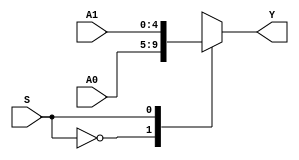
`timescale 1ns / 1ps
//////////////////////////////////////////////////////////////////////////////////
// Company: 
// Engineer: 
// 
// Design Name: 
// Module Name: MUX2X5
// Project Name: 
// Target Devices: 
// Tool Versions: 
// Description: 
// 
// Dependencies: 
// 
// Revision:
// Revision 0.01 - File Created
// Additional Comments:
// 
//////////////////////////////////////////////////////////////////////////////////


`timescale 1ns / 1ps
//////////////////////////////////////////////////////////////////////////////////
// Company: 
// Engineer: 
// 
// Design Name: 
// Module Name: MUX2X32
// Project Name: 
// Target Devices: 
// Tool Versions: 
// Description: 
// 
// Dependencies: 
// 
// Revision:
// Revision 0.01 - File Created
// Additional Comments:
// 
//////////////////////////////////////////////////////////////////////////////////


module MUX2X5(A0,A1,S,Y);
    input [4:0] A0,A1;
    input S;
    output [4:0] Y;
    function [4:0] select;
        input [4:0] A0,A1;
        input S;
            case (S)
                0:select = A0;
                1:select = A1;
            endcase
    endfunction
    assign Y = select(A0,A1,S);
endmodule


module MUX2X5_TEST;
    reg [4:0] A0,A1;
    reg S;
    wire [4:0] Y;
    MUX2X5 MUX2X5_test(.A0(A0), .A1(A1), .S(S), .Y(Y));
        initial begin;
          A0 = 'b11111;
          A1 = 'b00000;
          S = 1;
          
          #20;
          
           A0 = 'b11111;
           A1 = 'b00000;
           S = 0;
        end
endmodule